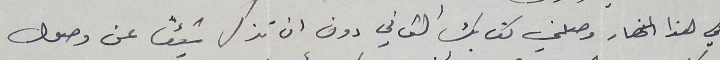
في هذا النهار وصلني كتابك الثاني دون ان تذكر شيئاً عن وصول